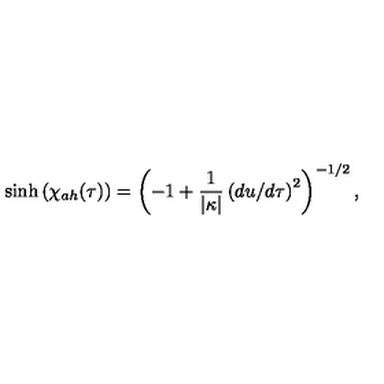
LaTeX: \sinh { ( \chi _ { a h } ( \tau ) ) } = \left( - 1 + { \frac { 1 } { \vert \kappa \vert } } \left( d u / d \tau \right) ^ { 2 } \right) ^ { - 1 / 2 } ,